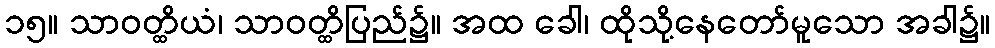
၁၅။ သာဝတ္ထိယံ၊ သာဝတ္ထိပြည်၌။ အထ ခေါ၊ ထိုသို့နေတော်မူသော အခါ၌။